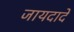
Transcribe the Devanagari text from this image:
जायदादें